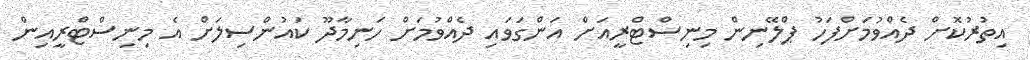
އިތުރުކޮށް ދެއްވުމަށްފަހު ޕްލޭނިން މިނިސްޓްރީއަށް އަންގަވައި ދެއްވުމަށް ހަނިމާދޫ ކައުންސިލަށް އެ މިނިސްޓްރީއިން